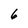
Character: 6